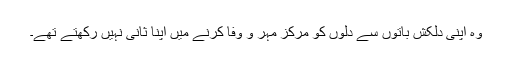
وہ اپنی دلکش باتوں سے دلوں کو مرکز مہر و وفا کرنے میں اپنا ثانی نہیں رکھتے تھے۔